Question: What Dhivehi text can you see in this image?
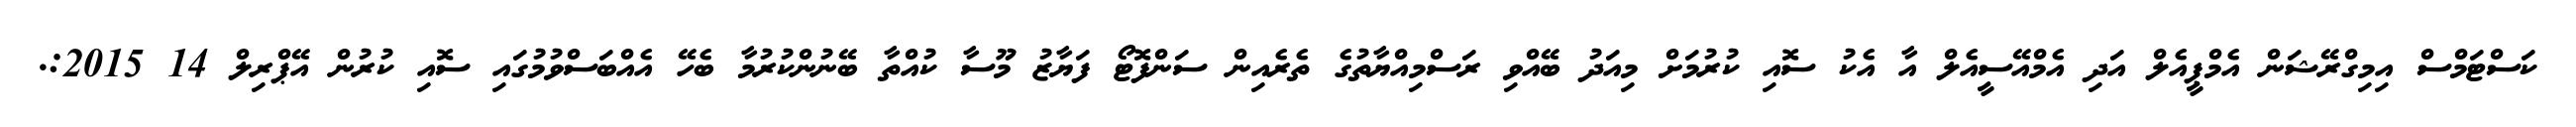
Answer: ކަސްޓަމްސް އިމިގްރޭޝަން އެމްޕީއެލް އަދި އެމްއޭސީއެލް އާ އެކު ސޮއި ކުރުމަށް މިއަދު ބޭއްވި ރަސްމިއްޔާތުގެ ތެރެއިން ސަންފޮޓޯ ފަޔާޒު މޫސާ ކުއްތާ ބޭނުންކުރުމާ ބެހޭ އެއްބަސްވުމުގައި ސޮއި ކުރުން އޭޕްރިލް 14 2015:.